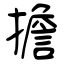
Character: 擔